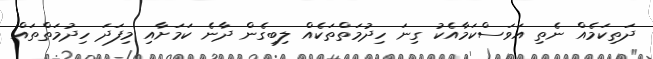
ދަތިކަމެއް ނެތި އަވަސްކަމާއެކު ގިނަ ހިދުމަތްތަކެއް ލިބިގެން ދާނެ ކަމަށާއި މިފަދަ ހިދުމަތްތައް